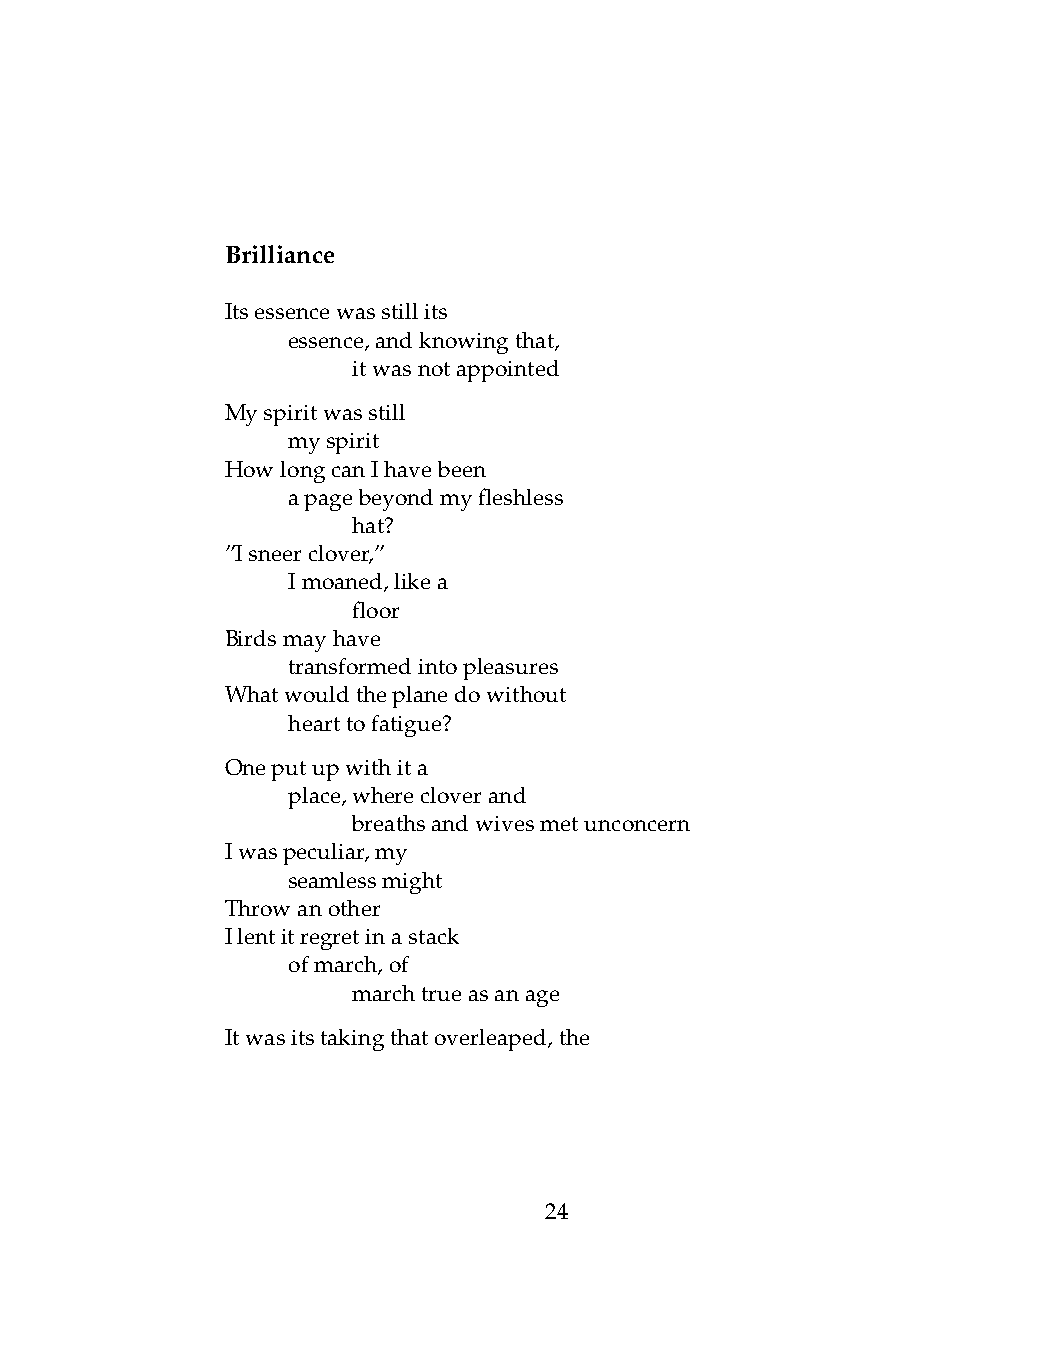
Brilliance
 Itsessencewasstillits
 .   essence,andknowingthat,
 .   .   itwasnotappointed
 Myspiritwasstill
 .   myspirit
 HowlongcanIhavebeen
 .   apagebeyondmyfleshless
 .   .   hat?
 ”Isneerclover,”
 .   Imoaned,likea
 .   .   floor
 Birdsmayhave
 .   transformedintopleasures
 Whatwouldtheplanedowithout
 .   hearttofatigue?
 Oneputupwithita
 .   place,wherecloverand
 .   .   breathsandwivesmetunconcern
 Iwaspeculiar,my
 .   seamlessmight
 Throwanother
 Ilentitregretinastack
 .   ofmarch,of
 .   .   marchtrueasanage
 Itwasitstakingthatoverleaped,the
 24